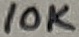
Text: 10K